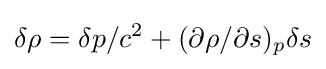
\delta \rho =\delta p/c^{2}+(\partial \rho /\partial s)_{p}\delta s